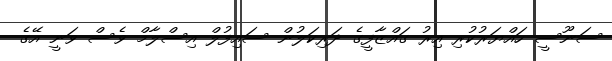
ސަނޫސީ ހައްޔަރުކުރި އިރު ގައްޒާފީގެ ދަރިކަލުން ސައިފުލް އިސްލާމް ވެސް ވަނީ އޭގެ